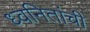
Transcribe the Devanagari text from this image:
ध्वनितांची